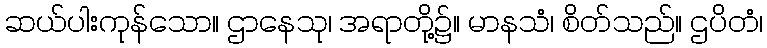
ဆယ်ပါးကုန်သော။ ဌာနေသု၊ အရာတို့၌။ မာနသံ၊ စိတ်သည်။ ဌပိတံ၊